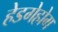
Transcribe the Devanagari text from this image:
हेडगेहोग